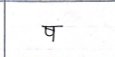
मजकूर: ष